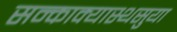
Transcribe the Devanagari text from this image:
सन्काक्यास्थसुया